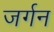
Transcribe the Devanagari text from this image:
जर्गन